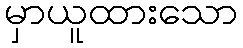
မှာယူထားသော